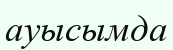
ауысымда